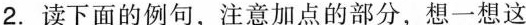
2.读下面的例句，注意加点的部分，想一想这